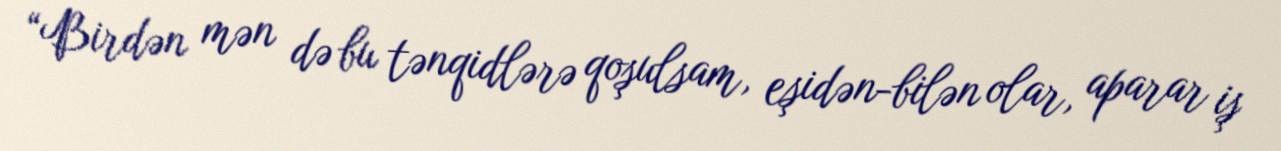
“Birdən mən də bu tənqidlərə qoşulsam, eşidən-bilən olar, aparar iş